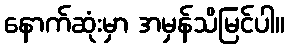
နောက်ဆုံးမှာ အမှန်သိမြင်ပါ။